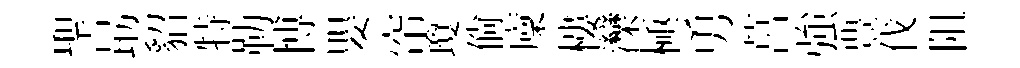
聖朂貂特勒博嬰帘瓊倘廩樓灤極勇莒強豊伐阻